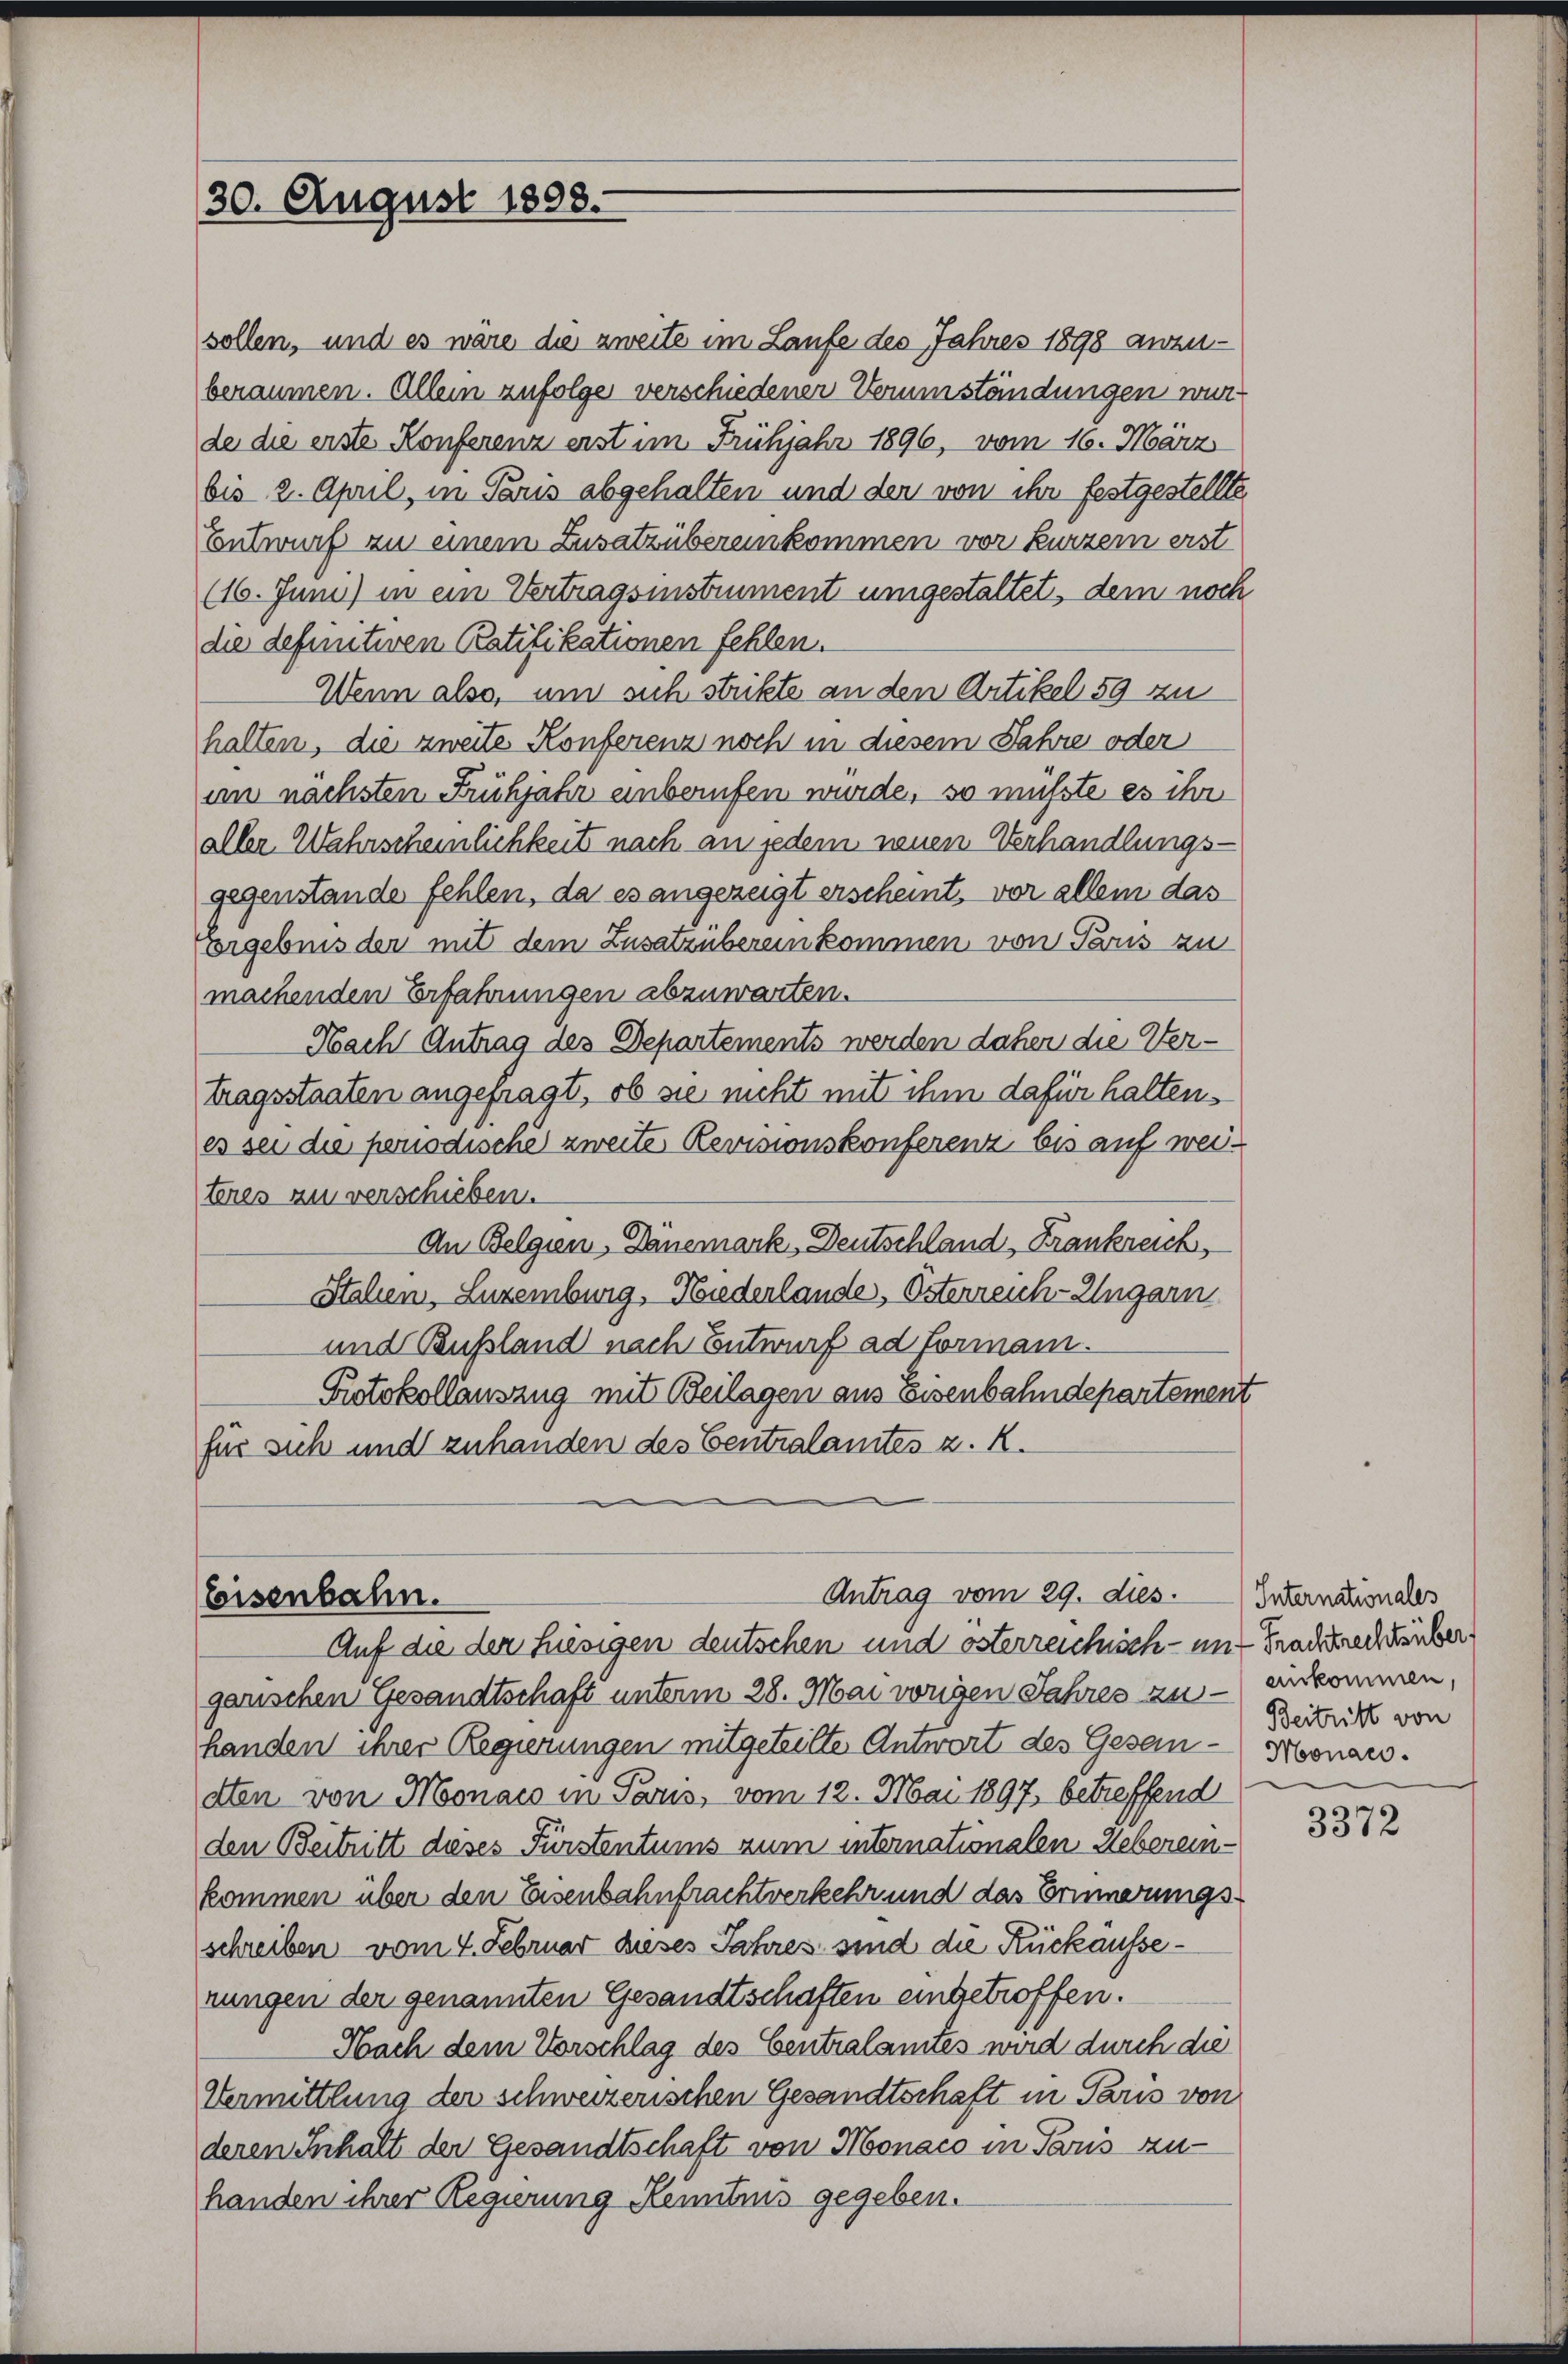
30. August 1808.

Antrag vom 29. dies.
Eisenbahn.
Auf die der hiesigen deutschen und österreichisch- und Frachtrechtäuber,

sollen, und es wäre die zweite im Laufe des Jahres 1898 anzuberaumen. Allein zufolge verschiedener Verumständungen wurde die erste Konferenz erst im Frühjahr 1896, vom 16. März
bis 2. April, in Paris abgehalten und den von ihr festgestellte
Entwurf zu einem Zusatzübereinkommen vor kurzem erst
(16. Juni) in ein Vertragsinstrument umgestaltet, dem noch
die definitiven Ratifikationen fehlen.
Wenn also, um sich strikte an den Artikel 59 zu
halten, die zweite Konferenz noch in diesem Jahre oder
am nächsten Frühjahr unberufen würde, so müßte es ihr
aller Wahrscheinlichkeit nach an jedem neuen Verhandlungs-
gegenstände fehlen, da es angezeigt erscheint, vor allem das
Vergebnis der mit dem Zusatzübereinkommen von Paris zu
machenden Erfahrungen abzuwarten.
Nach Antrag des Departements werden daher die Vertragsstaaten angefragt, ob sie nicht mit ihm dafür haltenes sei die penodische zweite Revisionskonferenz bis auf weiteres zu verschieben.
An Belgien, Dänemark, Deutschland, Frankreich,
Stahlen, Luzemburg, Biederlande, Österreich-Ungarn
und Rußland nach Entwurf ad Formann.
Protokollauszug mit Beilagen aus Eisenbahndepartement
für sich und zuhanden des Centralamtes z. R.

garischen Gesandtschaft unterm 28. Mai vorigen Jahres zu - einkommen,
handen ihrer Regierungen mitgeteilte Antwort des Gesan-Monardten von Monats in Paris, vom 12. Mai 1897 betreffend
den Beitritt dieses Fürstentums zum internationalen Hebereinkommen über den Eisenbahnfrachtverkehr und das Erinnerungsschreiben vom 4. Februar dieses Jahres sind die Rückäusserungen der genannten Gesandtschaften eingetroffen.
Nach dem Vorschlag des Centralamtes wird durch die
Vermittlung der schweizerischen Gesandtschaft in Paris von
deren Inhalt der Gesandtschaft von Monaco in Paris zu-
handen ihrer Regierung Kenntnis gegeben.

Internationales
Beitritt von

3372